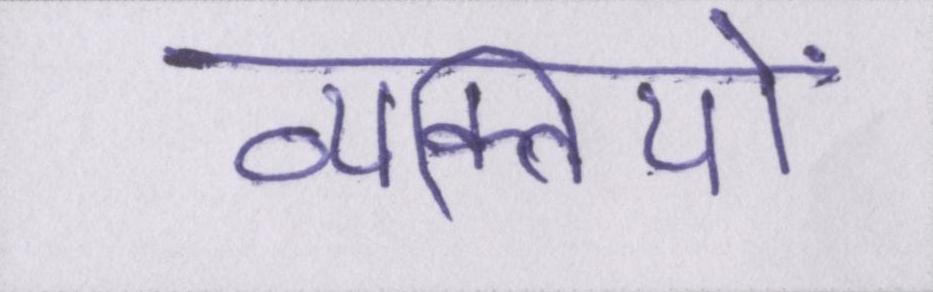
व्यक्तियों